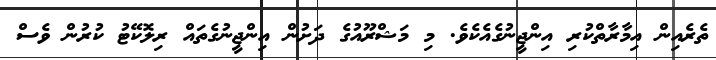
ތެރެއިން އިމާރާތްކުރި އިންޖީނުގެއެކެވެ. މި މަޝްރޫއުގެ ދަށުން އިންޖީނުގެތައް ރިލޮކޭޓު ކުރުން ވެސް